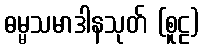
ဓမ္မသမာဒါနသုတ် (စူဠ)